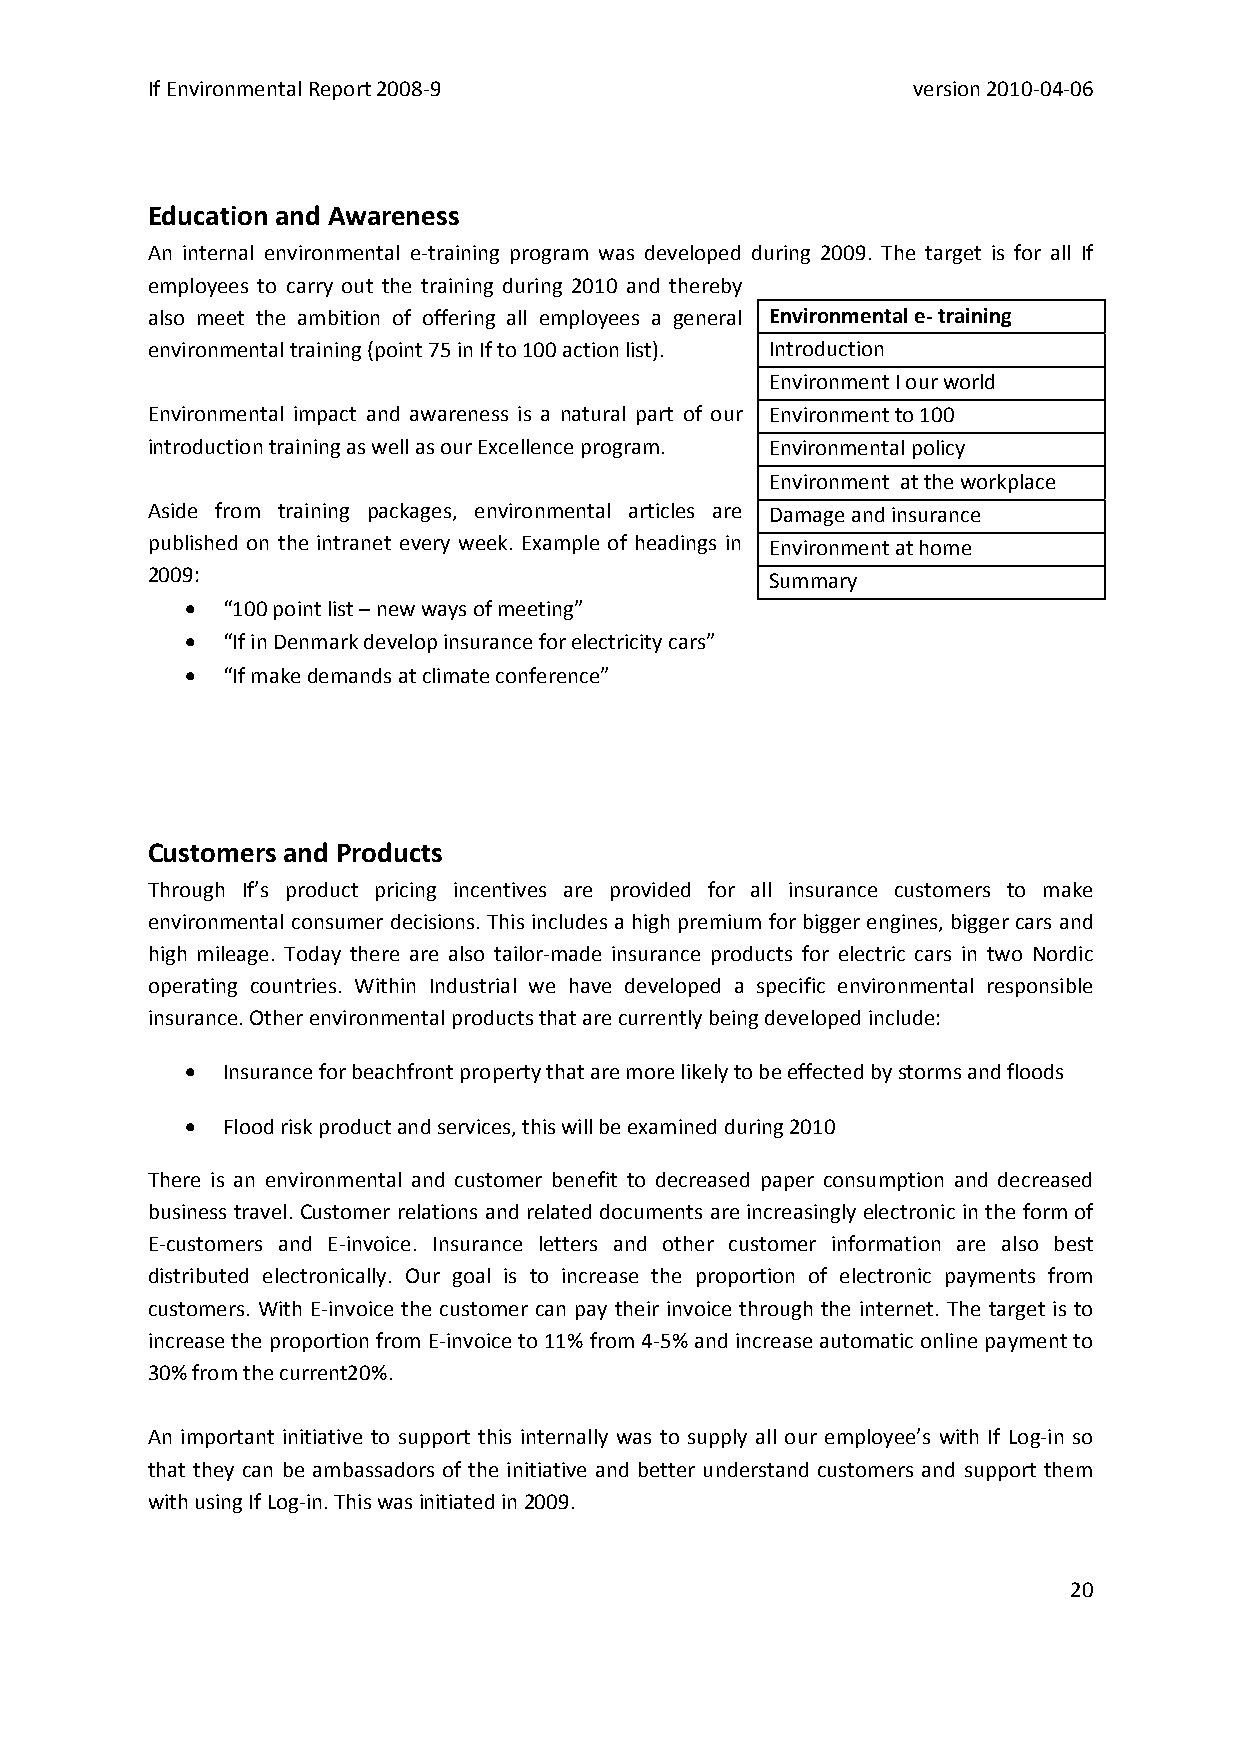
If Environmental Report 2008‐9                    version 2010‐04‐06
 Education and Awareness
 An internal environmental e‐training program was developed during 2009. The target is for all If
 employees to carry out the training during 2010 and thereby
 also meet the ambition of offering all employees a general Environmental e‐ training
 environmental training (point 75 in If to 100 action list). Introduction
 Environment I our world
 Environmental impact and awareness is a natural part of our Environment to 100
 introduction training as well as our Excellence program. Environmental policy
 Environment at the workplace
 Aside from training packages, environmental articles are Damage and insurance
 published on the intranet every week. Example of headings in Environment at home
 2009:                                    Summary
 •  “100 point list – new ways of meeting”
 •  “If in Denmark develop insurance for electricity cars”
 •  “If make demands at climate conference”
 Customers and Products
 Through If’s product pricing incentives are provided for all insurance customers to make
 environmental consumer decisions. This includes a high premium for bigger engines, bigger cars and
 high mileage. Today there are also tailor‐made insurance products for electric cars in two Nordic
 operating countries. Within Industrial we have developed a specific environmental responsible
 insurance. Other environmental products that are currently being developed include:
 •  Insurance for beachfront property that are more likely to be effected by storms and floods
 •  Flood risk product and services, this will be examined during 2010
 There is an environmental and customer benefit to decreased paper consumption and decreased
 business travel. Customer relations and related documents are increasingly electronic in the form of
 E‐customers and E‐invoice. Insurance letters and other customer information are also best
 distributed electronically. Our goal is to increase the proportion of electronic payments from
 customers. With E‐invoice the customer can pay their invoice through the internet. The target is to
 increase the proportion from E‐invoice to 11% from 4‐5% and increase automatic online payment to
 30% from the current20%.
 An important initiative to support this internally was to supply all our employee’s with If Log‐in so
 that they can be ambassadors of the initiative and better understand customers and support them
 with using If Log‐in. This was initiated in 2009.
 20